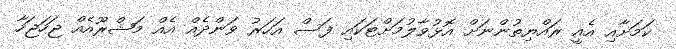
ކަމަށާއި އެއީ ރައްޔިތުންނަށް އޮޅުވާލުމަށްޓަކައި ފަސް އަހަރު ވަންދެއް އެއް މަޝްރޫއެއް ޖަހަޖަހާ